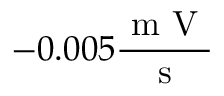
- 0 . 0 0 5 \frac { \mathrm { ~ m ~ V ~ } } { \mathrm { ~ s ~ } }